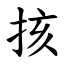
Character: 㧡